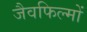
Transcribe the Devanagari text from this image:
जैवफिल्मों